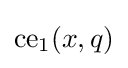
{\text{ce}}_{1}(x,q)